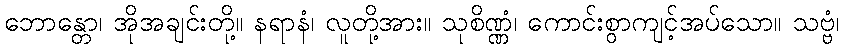
ဘောန္တော၊ အိုအချင်းတို့။ နရာနံ၊ လူတို့အား။ သုစိဏ္ဏံ၊ ကောင်းစွာကျင့်အပ်သော။ သဗ္ဗံ၊